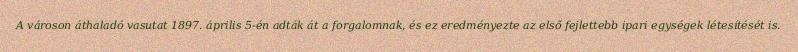
A városon áthaladó vasutat 1897. április 5-én adták át a forgalomnak, és ez eredményezte az első fejlettebb ipari egységek létesítését is.